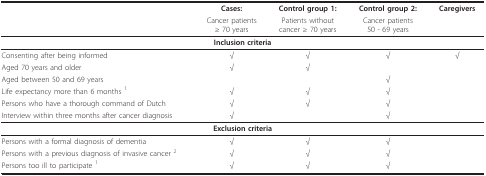
<table><thead><tr><td></td><td><b>Cases: </b></td><td><b>Control group 1: </b></td><td><b>Control group 2: </b></td><td><b>Caregivers</b></td></tr><tr><td></td><td><b>Cancer patients≥ 70 years</b></td><td><b>Patients withoutcancer ≥ 70 years</b></td><td><b>Cancer patients50 - 69 years</b></td><td></td></tr></thead><tbody><tr><td colspan="5"><b>Inclusion criteria</b></td></tr><tr><td>Consenting after being informed</td><td>√</td><td>√</td><td>√</td><td>√</td></tr><tr><td>Aged 70 years and older</td><td>√</td><td>√</td><td></td><td></td></tr><tr><td>Aged between 50 and 69 years</td><td></td><td></td><td>√</td><td></td></tr><tr><td>Life expectancy more than 6 months <sup>1</sup></td><td>√</td><td>√</td><td>√</td><td></td></tr><tr><td>Persons who have a thorough command of Dutch</td><td>√</td><td>√</td><td>√</td><td></td></tr><tr><td>Interview within three months after cancer diagnosis</td><td>√</td><td></td><td>√</td><td></td></tr><tr><td colspan="5"><b>Exclusion criteria</b></td></tr><tr><td>Persons with a formal diagnosis of dementia</td><td>√</td><td>√</td><td>√</td><td></td></tr><tr><td>Persons with a previous diagnosis of invasive cancer <sup>2</sup></td><td>√</td><td>√</td><td>√</td><td></td></tr><tr><td>Persons too ill to participate <sup>1</sup></td><td>√</td><td>√</td><td>√</td><td></td></tr></tbody></table>